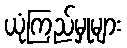
ယုံကြည်မှုများ